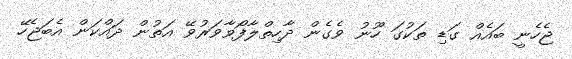
ޖެހެނީ ބައެއް ގަޑި ތަކުގަ ހޫނު ވެގެން ދާހިތްލާފޯވާވަރުވޭ އަތުން ދައްކަން އެބަޖެހޭ